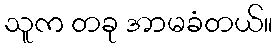
သူက တခု အာမခံတယ်။